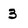
Character: 3